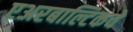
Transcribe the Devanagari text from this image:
एअरबाल्टिकचे